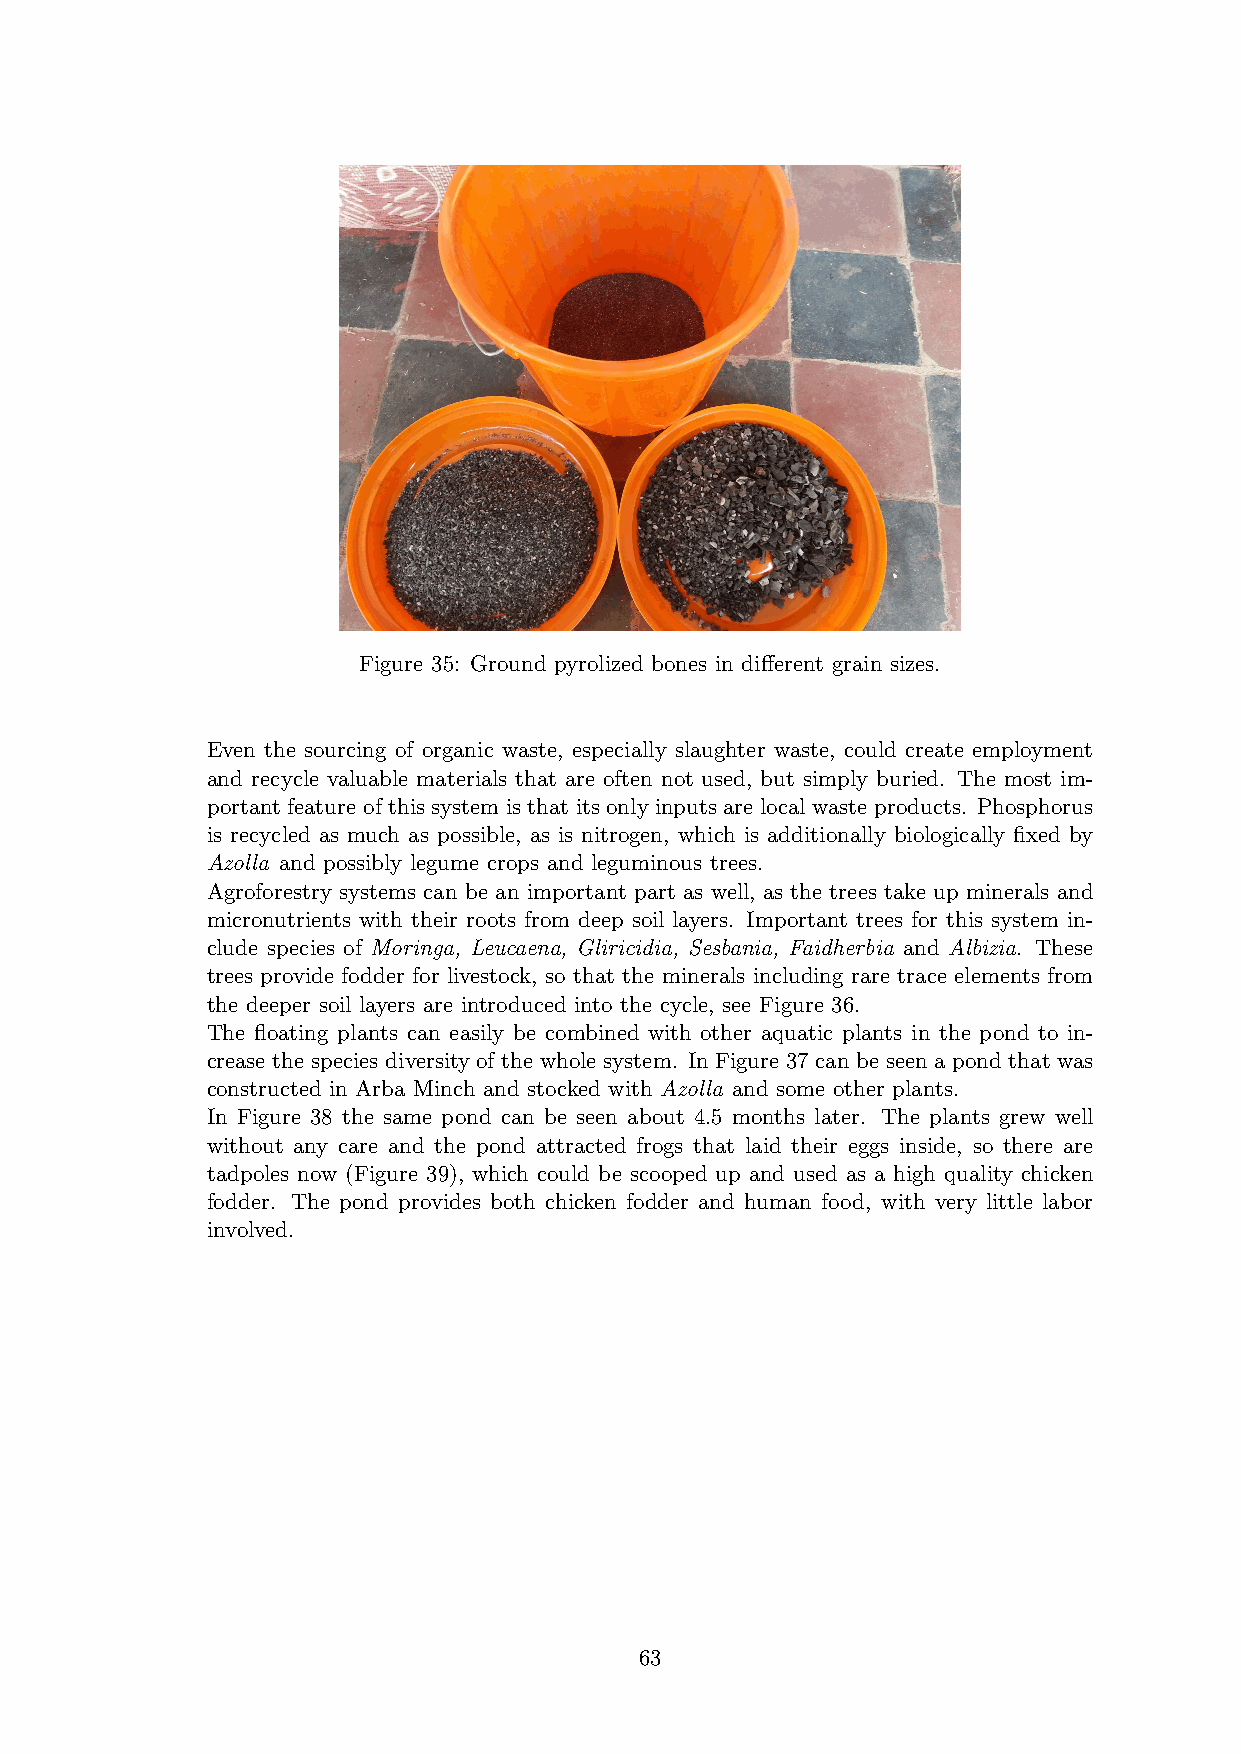
Figure 35: Ground pyrolized bones in different grain sizes.
 Even the sourcing of organic waste, especially slaughter waste, could create employment
 and recycle valuable materials that are often not used, but simply buried. The most im-
 portant feature of this system is that its only inputs are local waste products. Phosphorus
 is recycled as much as possible, as is nitrogen, which is additionally biologically fixed by
 Azolla and possibly legume crops and leguminous trees.
 Agroforestry systems can be an important part as well, as the trees take up minerals and
 micronutrients with their roots from deep soil layers. Important trees for this system in-
 clude species of Moringa, Leucaena, Gliricidia, Sesbania, Faidherbia and Albizia. These
 trees provide fodder for livestock, so that the minerals including rare trace elements from
 the deeper soil layers are introduced into the cycle, see Figure 36.
 The floating plants can easily be combined with other aquatic plants in the pond to in-
 crease the species diversity of the whole system. In Figure 37 can be seen a pond that was
 constructed in Arba Minch and stocked with Azolla and some other plants.
 In Figure 38 the same pond can be seen about 4.5 months later. The plants grew well
 without any care and the pond attracted frogs that laid their eggs inside, so there are
 tadpoles now (Figure 39), which could be scooped up and used as a high quality chicken
 fodder. The pond provides both chicken fodder and human food, with very little labor
 involved.
 63